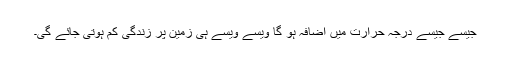
جیسے جیسے درجہ حرارت میں اضافہ ہو گا ویسے ویسے ہی زمین پر زندگی کم ہوتی جائے گی۔